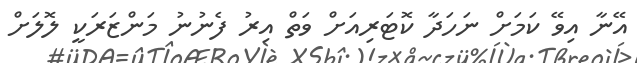
އޭނާ އިވޭ ކަމަށް ނަހަދާ ކޮޓަރިއަށް ވަތް އިރު ފެނުނު މަންޒަރަކީ ލޮލަށް